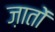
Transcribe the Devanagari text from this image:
ज़ातों